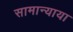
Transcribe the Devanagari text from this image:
सामान्याया